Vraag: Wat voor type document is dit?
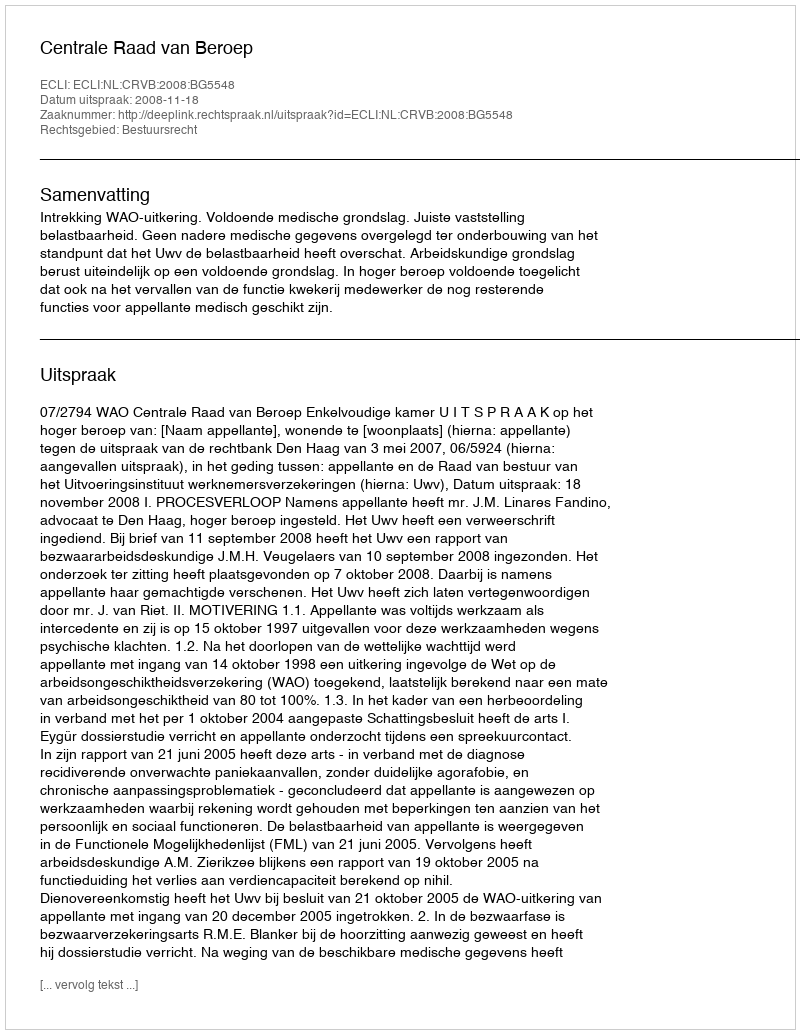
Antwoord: Uitspraak